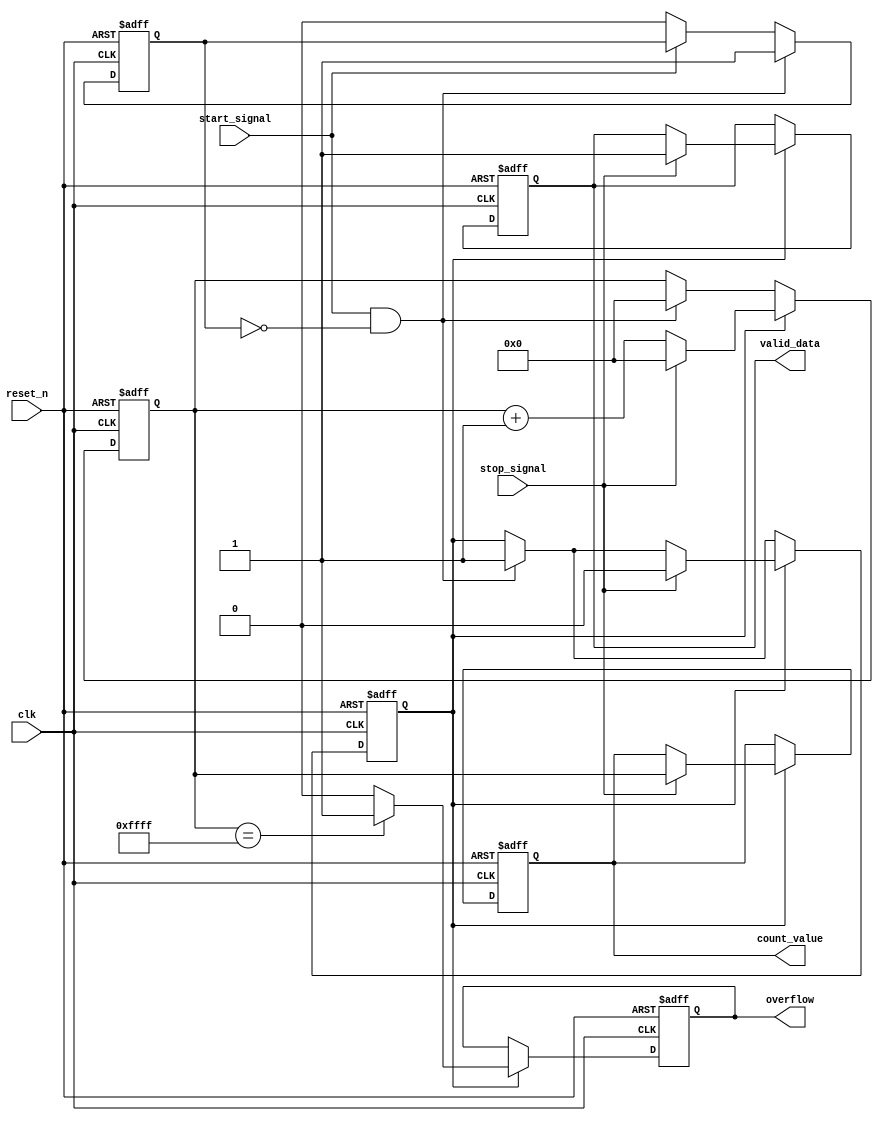
module hybrid_tdc (
    input wire clk,                  // System Clock
    input wire reset_n,              // Active Low Reset
    input wire start_signal,         // Start Signal
    input wire stop_signal,          // Stop Signal
    output reg [15:0] count_value,   // Output Count Value
    output reg valid_data,           // Valid Data Indicator
    output reg overflow              // Overflow Indicator
);

// Parameters
parameter MAX_COUNT = 16'hFFFF;    // Maximum count value (16-bit)

// Internal Signals
reg [15:0] counter;                  // Counter register
reg measuring;                       // Measuring state
reg start_edge_detected;            // Start Edge Detected

// Control Logic
always @(posedge clk or negedge reset_n) begin
    if (!reset_n) begin
        counter <= 0;
        count_value <= 0;
        valid_data <= 0;
        overflow <= 0;
        measuring <= 0;
        start_edge_detected <= 0;
    end else begin
        // Start Signal Detection
        if (start_signal && !start_edge_detected) begin
            start_edge_detected <= 1;  // Capture Rising Edge
            measuring <= 1;             // Start measurement
            counter <= 0;               // Reset counter
        end else if (!start_signal) begin
            start_edge_detected <= 0;   // Reset edge detection
        end
        
        // Measuring Logic
        if (measuring) begin
            // Count until Stop Signal
            if (stop_signal) begin
                measuring <= 0;           // Stop measuring
                count_value <= counter;   // Capture the count value
                valid_data <= 1;          // Mark data as valid
                
                // Check for overflow
                if (counter == MAX_COUNT) begin
                    overflow <= 1;         // Set overflow flag
                end else begin
                    overflow <= 0;
                end
                
                // Reset counter after stopping
                counter <= 0;
            end else begin
                // Count while measuring
                counter <= counter + 1;
                
                // Check for overflow
                if (counter == MAX_COUNT) begin
                    overflow <= 1;          // Set overflow flag
                end else begin
                    overflow <= 0;
                end
            end
        end
    end
end

endmodule